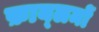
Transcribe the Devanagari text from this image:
फ़ाय्लमों